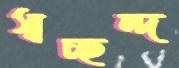
স্বচ্ছন্দ